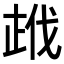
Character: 𭭣